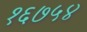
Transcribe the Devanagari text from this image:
१६७५४